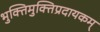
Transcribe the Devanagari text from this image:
भुक्तिमुक्तिप्रदायकम्